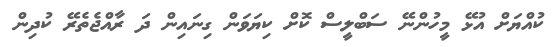
ކުއްޔަށް އުޅޭ މީހުންނޭ ސަބްލީސް ކޮށް ކިޔަވަން ގިނައިން ދަ ރާއްޖެތެރޭ ކުދިން